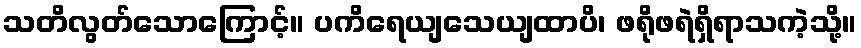
သတိလွတ်သောကြောင့်။ ပကိရေယျသေယျထာပိ၊ ဖရိုဖရဲရှိရာသကဲ့သို့။